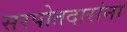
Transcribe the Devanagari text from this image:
सरपोतदारांना